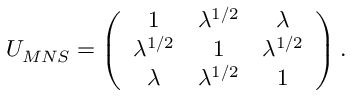
U _ { M N S } = \left( \begin{array} { c c c } { { 1 } } & { { \lambda ^ { 1 / 2 } } } & { { \lambda } } \\ { { \lambda ^ { 1 / 2 } } } & { { 1 } } & { { \lambda ^ { 1 / 2 } } } \\ { { \lambda } } & { { \lambda ^ { 1 / 2 } } } & { { 1 } } \end{array} \right) .